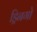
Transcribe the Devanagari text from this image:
ड्रिनगो